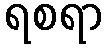
ရစရာ